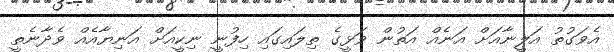
އެވަގުތު އަލީނާއަށް އަނެއް އަތުން ވަޅީގެ ތިލައިގައި ހިފުނީ ނިކީއަށް އަނިޔާއެއް ވެދާނެތީ